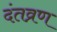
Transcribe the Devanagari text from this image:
दंतव्रण